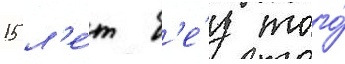
15 л'е́т б'е́з того́